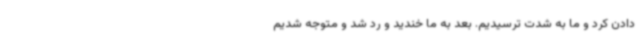
دادن کرد و ما به شدت ترسیدیم. بعد به ما خندید و رد شد و متوجه شدیم